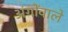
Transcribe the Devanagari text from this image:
अंगोंवाले